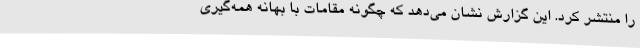
را منتشر کرد. این گزارش نشان می‌دهد که چگونه مقامات با بهانه همه‌گیری